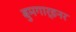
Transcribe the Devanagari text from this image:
बुमगार्डनर